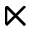
\ltimes